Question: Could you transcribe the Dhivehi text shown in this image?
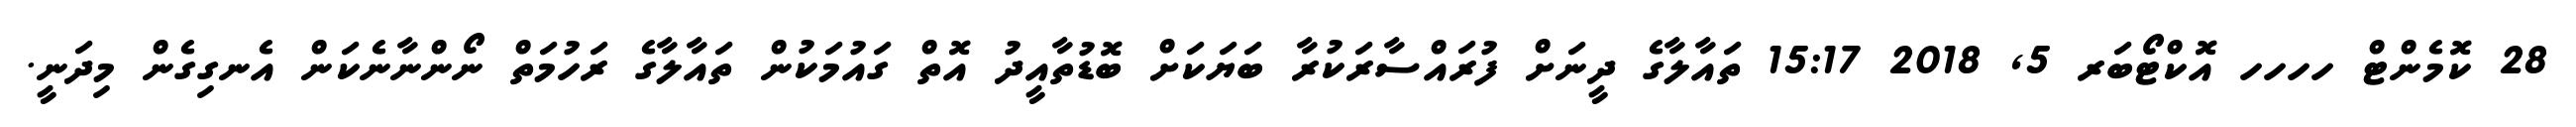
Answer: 28 ކޮމެންޓް ހހހހ އޮކްޓޯބަރ 5, 2018 15:17 ތައާލާގެ ދީނަށް ފުރައްސާރަކުރާ ބަޔަކަށް ބޮޑުތާއީދު އޮތް ގައުމަކުން ތައާލާގެ ރަހުމަތް ނޯންނާނެކަން އެނގިގެން މިދަނީ.